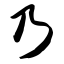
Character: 乃